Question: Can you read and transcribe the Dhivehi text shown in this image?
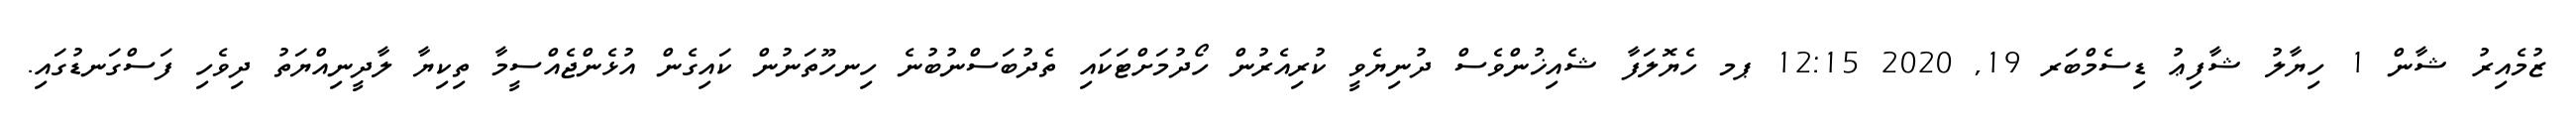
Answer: ޒުމެއިރު ޝާން 1 ހިޔާލު ޝާފިޢު ޑިސެމްބަރ 19, 2020 12:15 ޕމ ހެޔޮލަފާ ޝެއިޚުންވެސް ދުނިޔެވީ ކުރިއެރުން ހޯދުމަށްޓަކައި ތެދުބަސްނުބުނެ ހިނހޫތަނުން ކައިގެން އުޅެންޖެއްސީމާ ތިކިޔާ ލާދީނިއްޔަތު ދިވެހި ފަސްގަނޑުގައި.